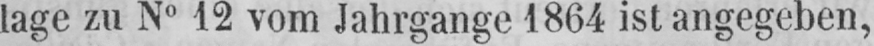
lage zu N° 12 vom Jahrgange 1864 ist angegeben,